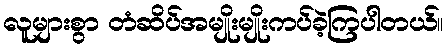
လူများစွာ တံဆိပ်အမျိုးမျိုးကပ်ခဲ့ကြပါတယ်။